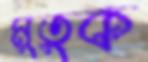
মুতুক